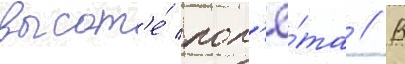
высот'е́ пол'ё́та // В